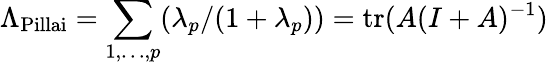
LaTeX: \Lambda_{\mathrm{Pillai}}=\sum_{1,\ldots,p}(\lambda_{p}/(1+\lambda_{p}))=\operatorname{tr}(A(I+A)^{-1})